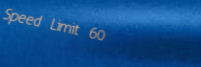
Speed Limit 60